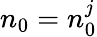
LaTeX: n_{0}=n_{0}^{j}